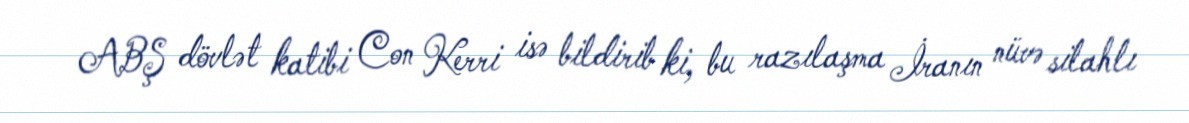
ABŞ dövlət katibi Con Kerri isə bildirib ki, bu razılaşma İranın nüvə silahlı